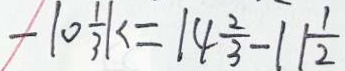
- 1 0 \frac { 1 } { 3 } k = 1 4 \frac { 2 } { 3 } - 1 1 \frac { 1 } { 2 }